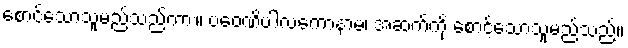
စောင့်သောသူမည်သည်ကား။ ပဝေဏိပါလကောနာမ၊ အဆက်ကို စောင့်သောသူမည်သည်။